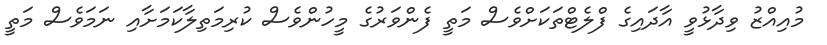
މުއިއްޒު ވިދާޅުވީ އާދައިގެ ފްލެޓްތަކަށްވެސް މަތީ ފެންވަރުގެ މީހުންވެސް ކުރިމަތިލާކަމަށާއި ނަމަވެސް މަތީ